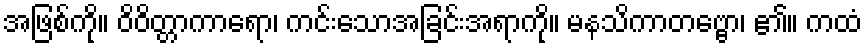
အဖြစ်ကို။ ဝိဝိတ္တာကာရော၊ ကင်းသောအခြင်းအရာကို။ မနသိကာတဗ္ဗော၊ ၏။ ကထံ